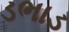
ડભાડ